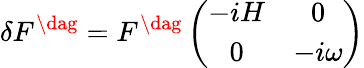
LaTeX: \delta F^{\dag}=F^{\dag}\left(\begin{array}{cc}{{-iH}}&{{0}}\\ {{0}}&{{-i\omega}}\end{array}\right)